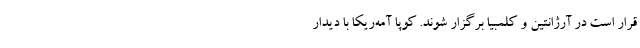
قرار است در آرژانتین و کلمبیا برگزار شوند. کوپا آمه‌ریکا با دیدار